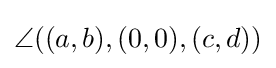
\angle \!\left((a,b),(0,0),(c,d)\right)